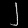
Digit: ၂